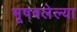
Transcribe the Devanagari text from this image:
भूषवलेल्या